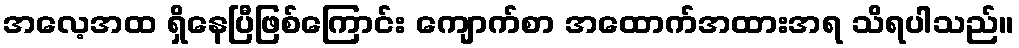
အလေ့အထ ရှိနေပြီဖြစ်ကြောင်း ကျောက်စာ အထောက်အထားအရ သိရပါသည်။